65_HS1-834228961_62-HQ-83894_Section_5
Agency: FBI
Page 5
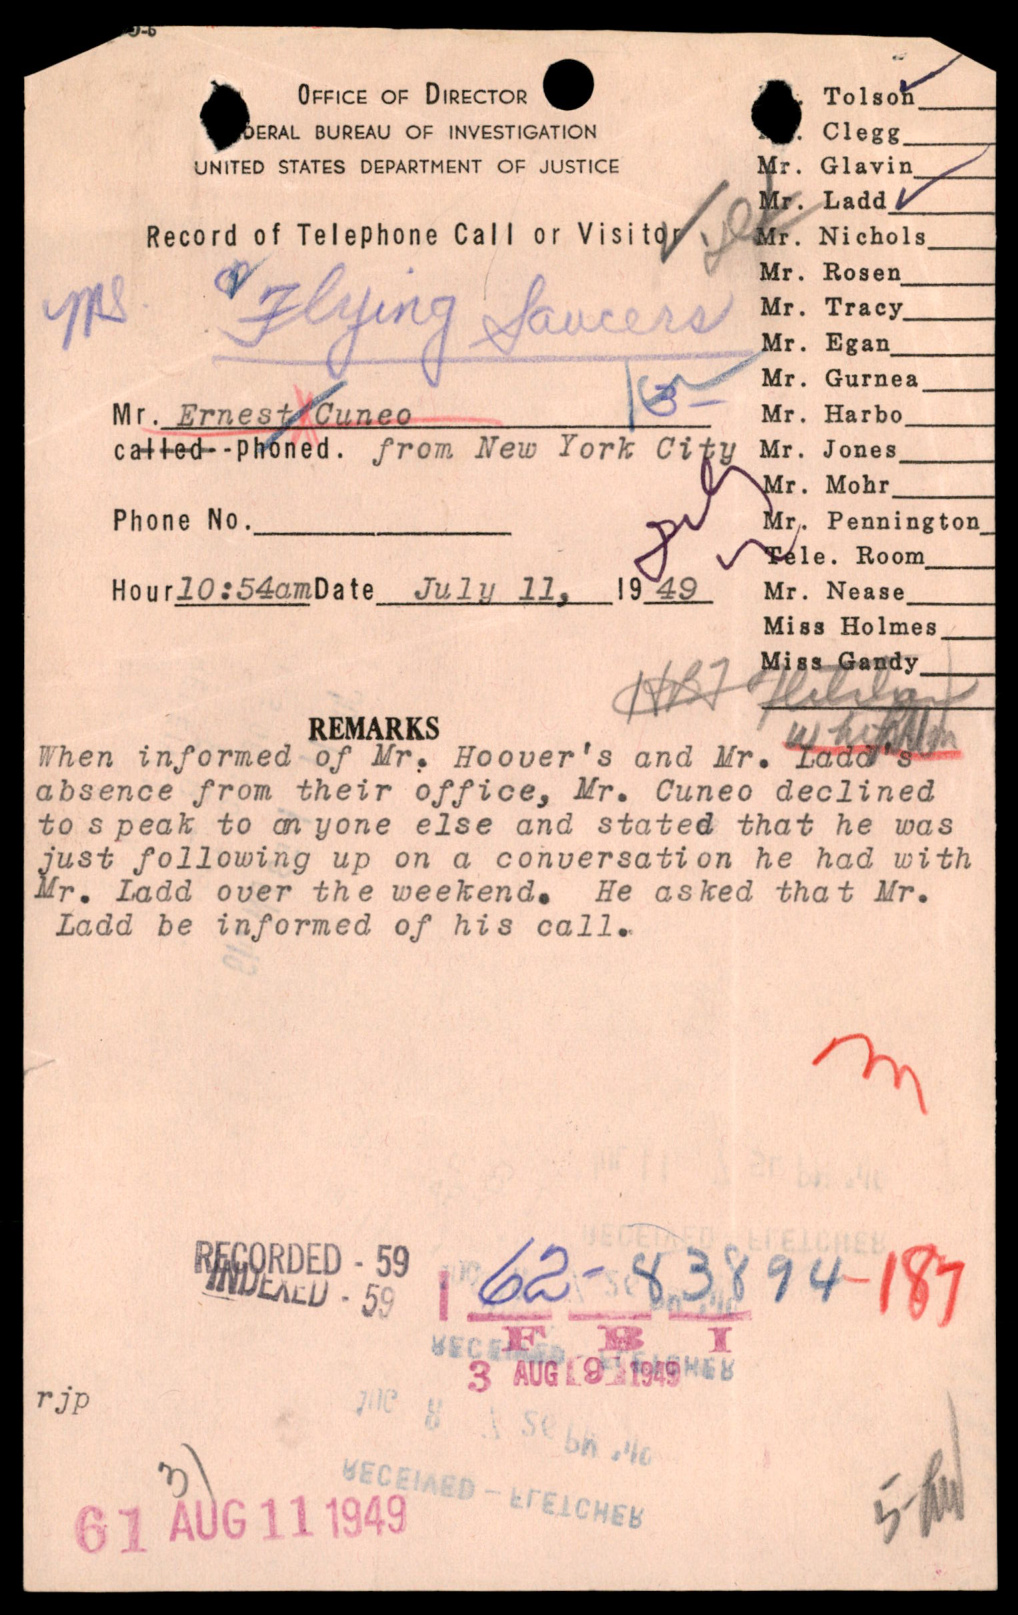